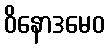
ဝိနောဒမေဝ